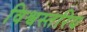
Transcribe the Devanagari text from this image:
विश्वस्तरिय